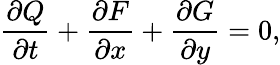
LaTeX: \frac{\partial Q}{\partial t}+\frac{\partial F}{\partial x}+\frac{\partial G}{\partial y}=0,